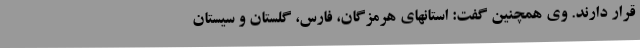
قرار دارند. وی همچنین گفت: استانهای هرمزگان، فارس، گلستان و سیستان